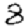
Digit: 8